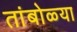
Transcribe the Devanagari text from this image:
तांबोळ्या